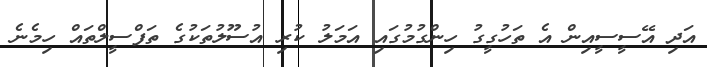
އަދި އޭސީސީއިން އެ ތަހުގީގު ހިންގުމުގައި އަމަލު ކުރި އުސޫލުތަކުގެ ތަފްސީލްތައް ހިމެނެ